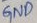
Text: GND